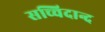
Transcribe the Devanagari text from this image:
सच्चिदान्द